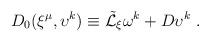
LaTeX: \begin{align*}D_0 (\xi^{\mu},\upsilon^k ) \equiv{\tilde {\cal L}}_\xi \omega^k + D\upsilon^k \ . \end{align*}